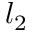
l _ { 2 }